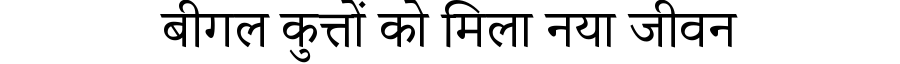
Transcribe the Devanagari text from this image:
बीगल कुत्तों को मिला नया जीवन